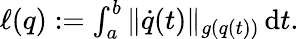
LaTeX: \begin{array}{r}{\ell(q):=\int_{a}^{b}\| \dot{q}(t)\| _{g(q(t))}\, \mathrm{d}t.}\end{array}